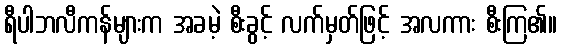
ရီပါဘလီကန်များက အခမဲ့ စီးခွင့် လက်မှတ်ဖြင့် အလကား စီးကြ၏။